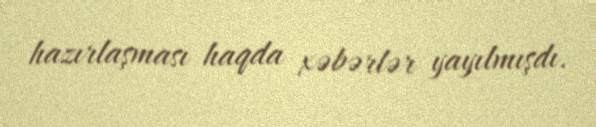
hazırlaşması haqda xəbərlər yayılmışdı.